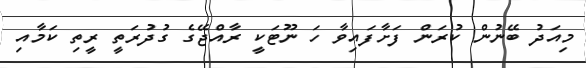
މިއަދު ބޭނުން ކުރަން ފަށާފައިވާ ހަ ނޫޓަކީ ރާއްޖޭގެ ގުދުރަތީ ރީތި ކަމާއި